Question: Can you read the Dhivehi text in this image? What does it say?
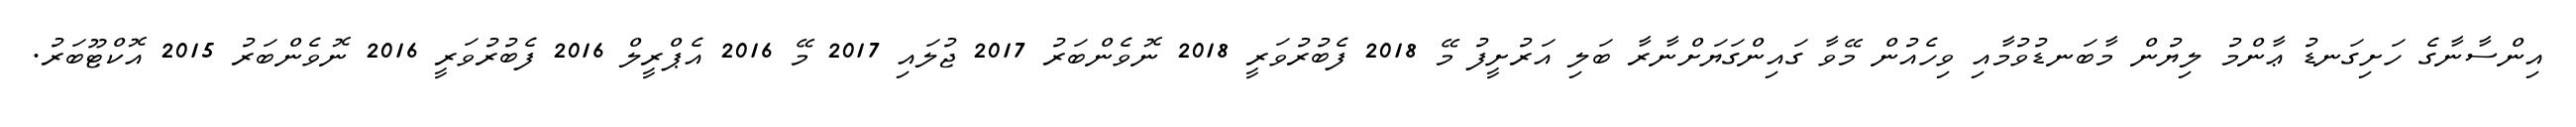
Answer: އިންސާނާގެ ހަށިގަނޑު ޢާންމު ލިޔުން މާބަނޑުވުމާއި ވިހެއުން މޭވާ ގައިންގަޔަށްނާރާ ބަލި އަރުށީފު މޭ 2018 ފެބުރުވަރީ 2018 ނޮވެންބަރު 2017 ޖުލައި 2017 މޭ 2016 އެޕްރީލް 2016 ފެބުރުވަރީ 2016 ނޮވެންބަރު 2015 އޮކްޓޫބަރު.